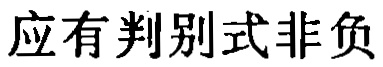
应有判别式非负